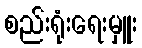
စည်းရုံးရေးမှူး